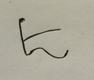
Signature authenticity: forged